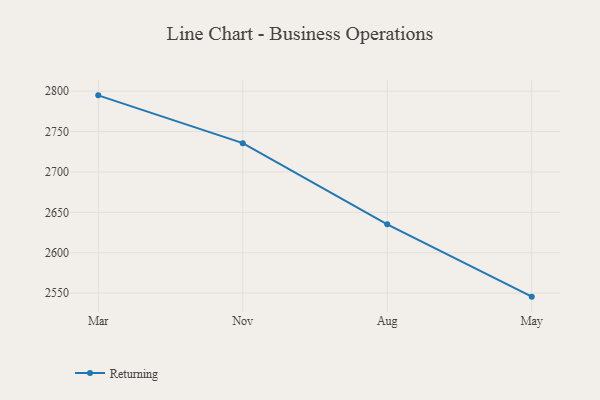
{"axis": {"x": "Month", "y": "Production Output"}, "legend": ["Returning"], "data": [{"x": "Mar", "y": 2794.8, "type": "Returning"}, {"x": "Nov", "y": 2735.6, "type": "Returning"}, {"x": "Aug", "y": 2635.1, "type": "Returning"}, {"x": "May", "y": 2545.6, "type": "Returning"}]}